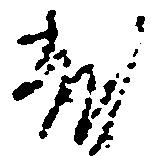
乱